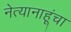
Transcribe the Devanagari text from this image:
नेत्यानाहूंचा